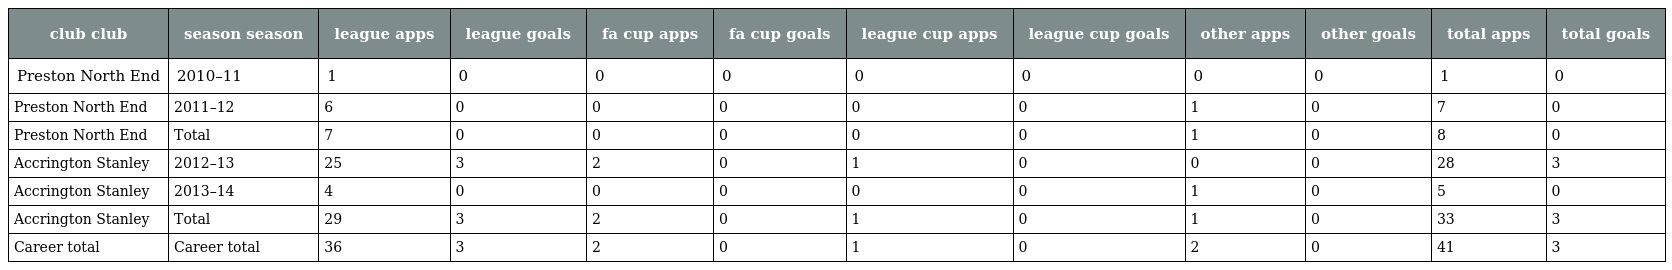
| club club | season season | league apps | league goals | fa cup apps | fa cup goals | league cup apps | league cup goals | other apps | other goals | total apps | total goals |
 | --- | --- | --- | --- | --- | --- | --- | --- | --- | --- | --- | --- |
 | Preston North End | 2010–11 | 1 | 0 | 0 | 0 | 0 | 0 | 0 | 0 | 1 | 0 |
 | Preston North End | 2011–12 | 6 | 0 | 0 | 0 | 0 | 0 | 1 | 0 | 7 | 0 |
 | Preston North End | Total | 7 | 0 | 0 | 0 | 0 | 0 | 1 | 0 | 8 | 0 |
 | Accrington Stanley | 2012–13 | 25 | 3 | 2 | 0 | 1 | 0 | 0 | 0 | 28 | 3 |
 | Accrington Stanley | 2013–14 | 4 | 0 | 0 | 0 | 0 | 0 | 1 | 0 | 5 | 0 |
 | Accrington Stanley | Total | 29 | 3 | 2 | 0 | 1 | 0 | 1 | 0 | 33 | 3 |
 | Career total | Career total | 36 | 3 | 2 | 0 | 1 | 0 | 2 | 0 | 41 | 3 |